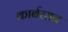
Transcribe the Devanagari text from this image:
कार्बरसन